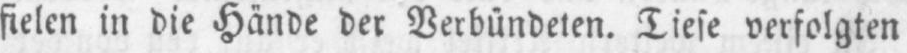
verfolgten